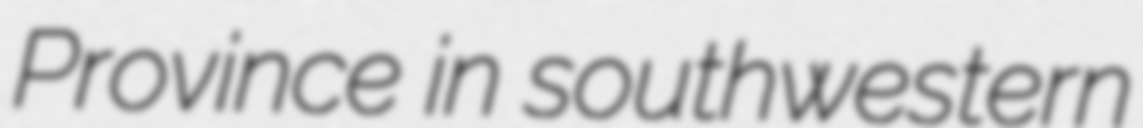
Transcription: Province in southwestern